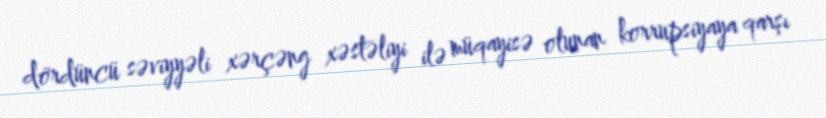
dördüncü səviyyəli xərçəng xəstəliyi ilə müqayisə olunan korrupsiyaya qarşı